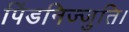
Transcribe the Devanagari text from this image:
पिंडनिज्जुति।